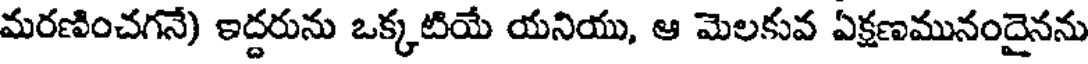
మరణించగనే) ఇద్దరును ఒక్కటియే యనియు, ఆ మెలకువ ఏక్షణమునందైనను